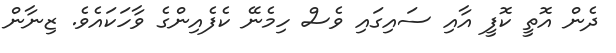
ދެން އޮތީ ކޮފީ އާއި ސައިގައި ވެސް ހިމެނޭ ކެފެއިންގެ ވާހަކައެވެ. ޒިނާން